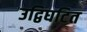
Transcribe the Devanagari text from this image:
उद्विघटित